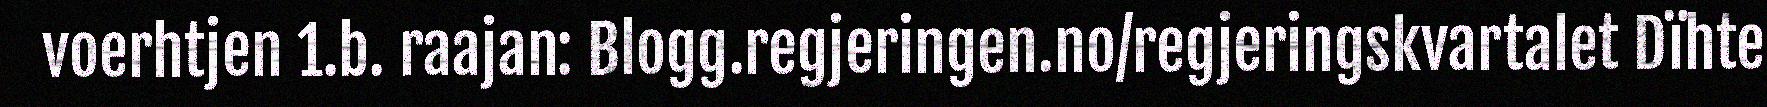
voerhtjen 1.b. raajan: Blogg.regjeringen.no/regjeringskvartalet Dïhte